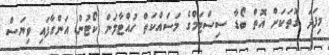
މިފަދަ ގޮތަކަށް އޮތް ބޯޑާ ސިސްޓަމްގެ މަސައްކަތް ހުއްޓާލަން ކޯޓުން އަންގާފައި ވިޔަސް